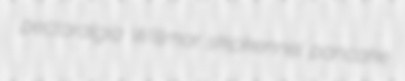
pectoralgia Willmar skipkennel pancake